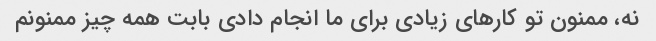
نه، ممنون تو کارهای زیادی برای ما انجام دادی بابت همه چیز ممنونم